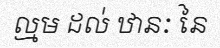
ល្មម ដល់ ឋានៈ នៃ